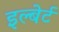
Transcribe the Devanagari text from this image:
इल्बेर्ट